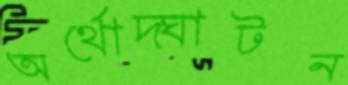
অর্থোদ্ঘাটন